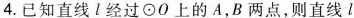
4. 已知直线 l 经过 \odot 0 上的A，B两点，则直线 l